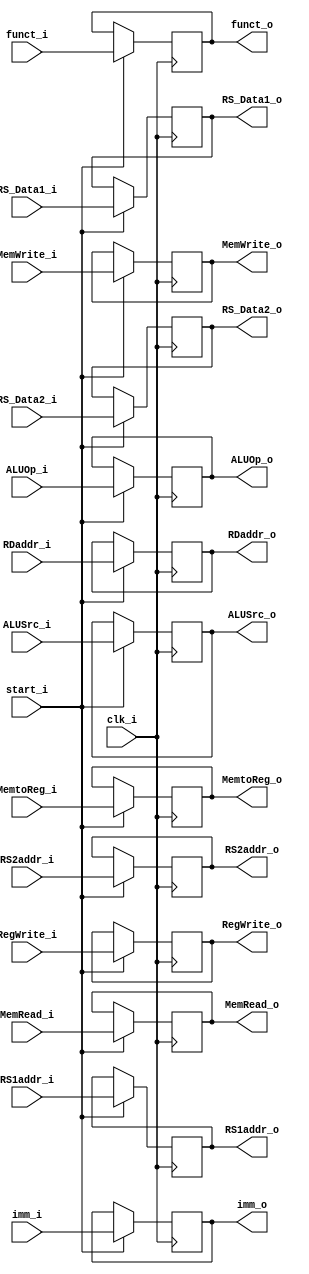
// ID_EX.v
module ID_EX(
	//TODO : Magic : For IF_ID.v : cannot write inst_o at PC=0. At PC=0, inst_o 	shall be 32'b0 , since 1st instruction is still in IF stage , and no one is in ID stage !! So IF_IF.inst_o shall be 32'b0 at that time !!
	// 1. Method For Fixing : Utilize the signal `start_i` of CPU.v . 
	start_i,

	clk_i,
	funct_i, // {funct7, funct3}
	funct_o, // {funct7, funct3}
	ALUOp_i,
	ALUOp_o,
	ALUSrc_i,
	ALUSrc_o,
	
	imm_i,
	imm_o,	
	
	MemRead_i,
	MemRead_o,
	MemWrite_i,
	MemWrite_o,
	RegWrite_i,
	RegWrite_o,
	MemtoReg_i,
	MemtoReg_o,
	// register data
	RS_Data1_i,
	RS_Data1_o,
	RS_Data2_i,
	RS_Data2_o,
	// register addr
	RS1addr_i,
	RS1addr_o,
	RS2addr_i,
	RS2addr_o,
	RDaddr_i,
	RDaddr_o
);
//TODO : Magic : For IF_ID.v : cannot write inst_o at PC=0. At PC=0, inst_o 	shall be 32'b0 , since 1st instruction is still in IF stage , and no one is in ID stage !! So IF_IF.inst_o shall be 32'b0 at that time !!
	// 1. Method For Fixing : Utilize the signal `start_i` of CPU.v . 
input start_i;

// write at posedge clock
input clk_i;
//TODO instruction or funct7 + funct3
input [9:0] funct_i; // {funct7, funct3}
//output reg [9:0] funct_o; // {funct7, funct3}
output reg [9:0] funct_o; // = 10'b0; // {funct7, funct3}
// EX stage
input [1:0] ALUOp_i;
//output reg [1:0] ALUOp_o;
output reg [1:0] ALUOp_o; // = 2'b0;
input ALUSrc_i;
//output reg ALUSrc_o;
output reg ALUSrc_o; // = 1'b0;
// imm in EX stage
input [31:0] imm_i;
//output reg [31:0] imm_o;
output reg [31:0] imm_o; // = 32'b0;
// MEM stage
input MemRead_i;
//output reg MemRead_o;
output reg MemRead_o; // = 1'b0;
input MemWrite_i;
//output reg MemWrite_o;
output reg MemWrite_o; // = 1'b0;
// WB stage
input RegWrite_i;
//output reg RegWrite_o;
output reg RegWrite_o; // = 1'b0;
input MemtoReg_i;
//output reg MemtoReg_o;
output reg MemtoReg_o; // = 1'b0;
// register data
input [31:0] RS_Data1_i;
//output reg [31:0] RS_Data1_o;
output reg [31:0] RS_Data1_o; // = 32'b0;
input [31:0] RS_Data2_i;
//output reg [31:0] RS_Data2_o;
output reg [31:0] RS_Data2_o; // = 32'b0;
// register addr
input [4:0] RS1addr_i;
//output reg [4:0] RS1addr_o;
output reg [4:0] RS1addr_o; // = 5'b0;
input [4:0] RS2addr_i;
//output reg [4:0] RS2addr_o;
output reg [4:0] RS2addr_o; // = 5'b0;
input [4:0] RDaddr_i;
//output reg [4:0] RDaddr_o;
output reg [4:0] RDaddr_o; // = 5'b0;

//TODO : initialize reg in initial
initial begin
	funct_o = 10'b0; // {funct7, funct3}
	// EX stage
	//output reg [1:0] ALUOp_o;
	ALUOp_o = 2'b0;
	//output reg ALUSrc_o;
	ALUSrc_o = 1'b0;
	// imm in EX stage
	//output reg [31:0] imm_o;
	imm_o = 32'b0;
	// MEM stage
	//output reg MemRead_o;
	MemRead_o = 1'b0;
	//output reg MemWrite_o;
	MemWrite_o = 1'b0;
	// WB stage
	//output reg RegWrite_o;
	RegWrite_o = 1'b0;
	//output reg MemtoReg_o;
	MemtoReg_o = 1'b0;
	// register data
	//output reg [31:0] RS_Data1_o;
	RS_Data1_o = 32'b0;
	//output reg [31:0] RS_Data2_o;
	RS_Data2_o = 32'b0;
	// register addr
	//output reg [4:0] RS1addr_o;
	RS1addr_o = 5'b0;
	//output reg [4:0] RS2addr_o;
	RS2addr_o = 5'b0;
	//output reg [4:0] RDaddr_o;
	RDaddr_o = 5'b0;
end

/*
// magic 
//TODO instruction or funct7 + funct3
reg [9:0] funct_o_reg; // {funct7, funct3}
// EX stage
reg [1:0] ALUOp_o_reg;
reg ALUSrc_o_reg;
// MEM stage
reg MemRead_o_reg;
reg MemWrite_o_reg;
// WB stage
reg RegWrite_o_reg;
reg MemtoReg_o_reg;
// register data
reg [31:0] RS_Data1_o_reg;
reg [31:0] RS_Data2_o_reg;
// register addr
reg [4:0] RS1addr_o_reg;
reg [4:0] RS2addr_o_reg;
reg [4:0] RDaddr_o_reg;
*/

//always @(posedge clk_i)
//always @(posedge clk_i or negedge clk_i) //TODO : changed : fixed : (1) PC=24 stalls (2) x6=10 at PC=24 , not at PC=20 (same as output_ref.txt)
always @(posedge clk_i)
begin
	//TODO : Magic : For IF_ID.v : cannot write inst_o at PC=0. At PC=0, inst_o 	shall be 32'b0 , since 1st instruction is still in IF stage , and no one is in ID stage !! So IF_IF.inst_o shall be 32'b0 at that time !!
	// 1. Method For Fixing : Utilize the signal `start_i` of CPU.v . 
	if(start_i) begin
	
		funct_o <= funct_i;
		ALUOp_o <= ALUOp_i;
		ALUSrc_o <= ALUSrc_i;
		// imm in EX stage
		imm_o <= imm_i;

		MemRead_o <= MemRead_i;
		MemWrite_o <= MemWrite_i;
		RegWrite_o <= RegWrite_i;
		MemtoReg_o <= MemtoReg_i;
		// register data
		RS_Data1_o <= RS_Data1_i;
		RS_Data2_o <= RS_Data2_i;
		// register addr
		RS1addr_o <= RS1addr_i;
		RS2addr_o <= RS2addr_i;
		RDaddr_o <= RDaddr_i;
	
       /*
       // magic 
       if(clk_i) 
       begin
	       funct_o_reg <= funct_i;
	       ALUOp_o_reg <= ALUOp_i;
	       ALUSrc_o_reg <= ALUSrc_i;
	       MemRead_o_reg <= MemRead_i;
	       MemWrite_o_reg <= MemWrite_i;
	       RegWrite_o_reg <= RegWrite_i;
	       MemtoReg_o_reg <= MemtoReg_i;
	       // register data
	       RS_Data1_o_reg <= RS_Data1_i;
	       RS_Data2_o_reg <= RS_Data2_i;
	       // register addr
	       RS1addr_o_reg <= RS1addr_i;
	       RS2addr_o_reg <= RS2addr_i;
	       RDaddr_o_reg <= RDaddr_i;
       end

       // magic 
       if(!clk_i)
       begin
	       funct_o <= funct_o_reg;
	       ALUOp_o <= ALUOp_o_reg;
	       ALUSrc_o <= ALUSrc_o_reg;
	       MemRead_o <= MemRead_o_reg;
	       MemWrite_o <= MemWrite_o_reg;
	       RegWrite_o <= RegWrite_o_reg;
	       MemtoReg_o <= MemtoReg_o_reg;
	       // register data
	       RS_Data1_o <= RS_Data1_o_reg;
	       RS_Data2_o <= RS_Data2_o_reg;
	       // register addr
	       RS1addr_o <= RS1addr_o_reg;
	       RS2addr_o <= RS2addr_o_reg;
	       RDaddr_o <= RDaddr_o_reg;
       end
		*/
	end
end

endmodule